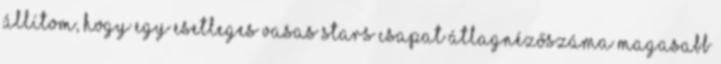
Állítom, hogy egy esetleges Vasas Stars csapat átlagnézőszáma magasabb